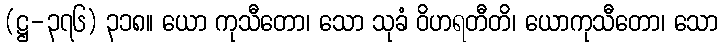
(ဋ္ဌ-၃၇၆) ၃၁၈။ ယော ကုသီတော၊ သော သုခံ ဝိဟရတီတိ၊ ယောကုသီတော၊ သော